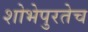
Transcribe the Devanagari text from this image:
शोभेपुरतेच